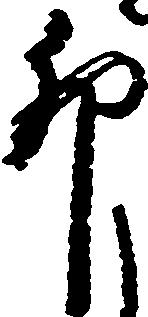
卯